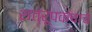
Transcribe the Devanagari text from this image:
शत्रूपक्षाचे